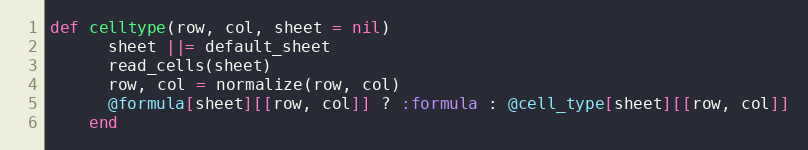
Language: Ruby
def celltype(row, col, sheet = nil)
      sheet ||= default_sheet
      read_cells(sheet)
      row, col = normalize(row, col)
      @formula[sheet][[row, col]] ? :formula : @cell_type[sheet][[row, col]]
    end